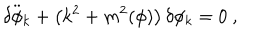
\ddot { \delta \phi _ { k } } + \left( k ^ { 2 } + m ^ { 2 } ( \phi ) \right) \delta \phi _ { k } = 0 \ ,